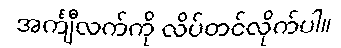
အင်္ကျီလက်ကို လိပ်တင်လိုက်ပါ။